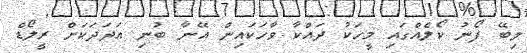
ލިބޭ ފޯނު ކޯލެއްގައި މީހަކު ދައްކާ ވާހަކައިން އޭނާ ބުނި އަދަދަކަށް ރީލޯޑް